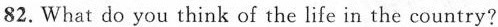
82.What do you think of the life in the country?